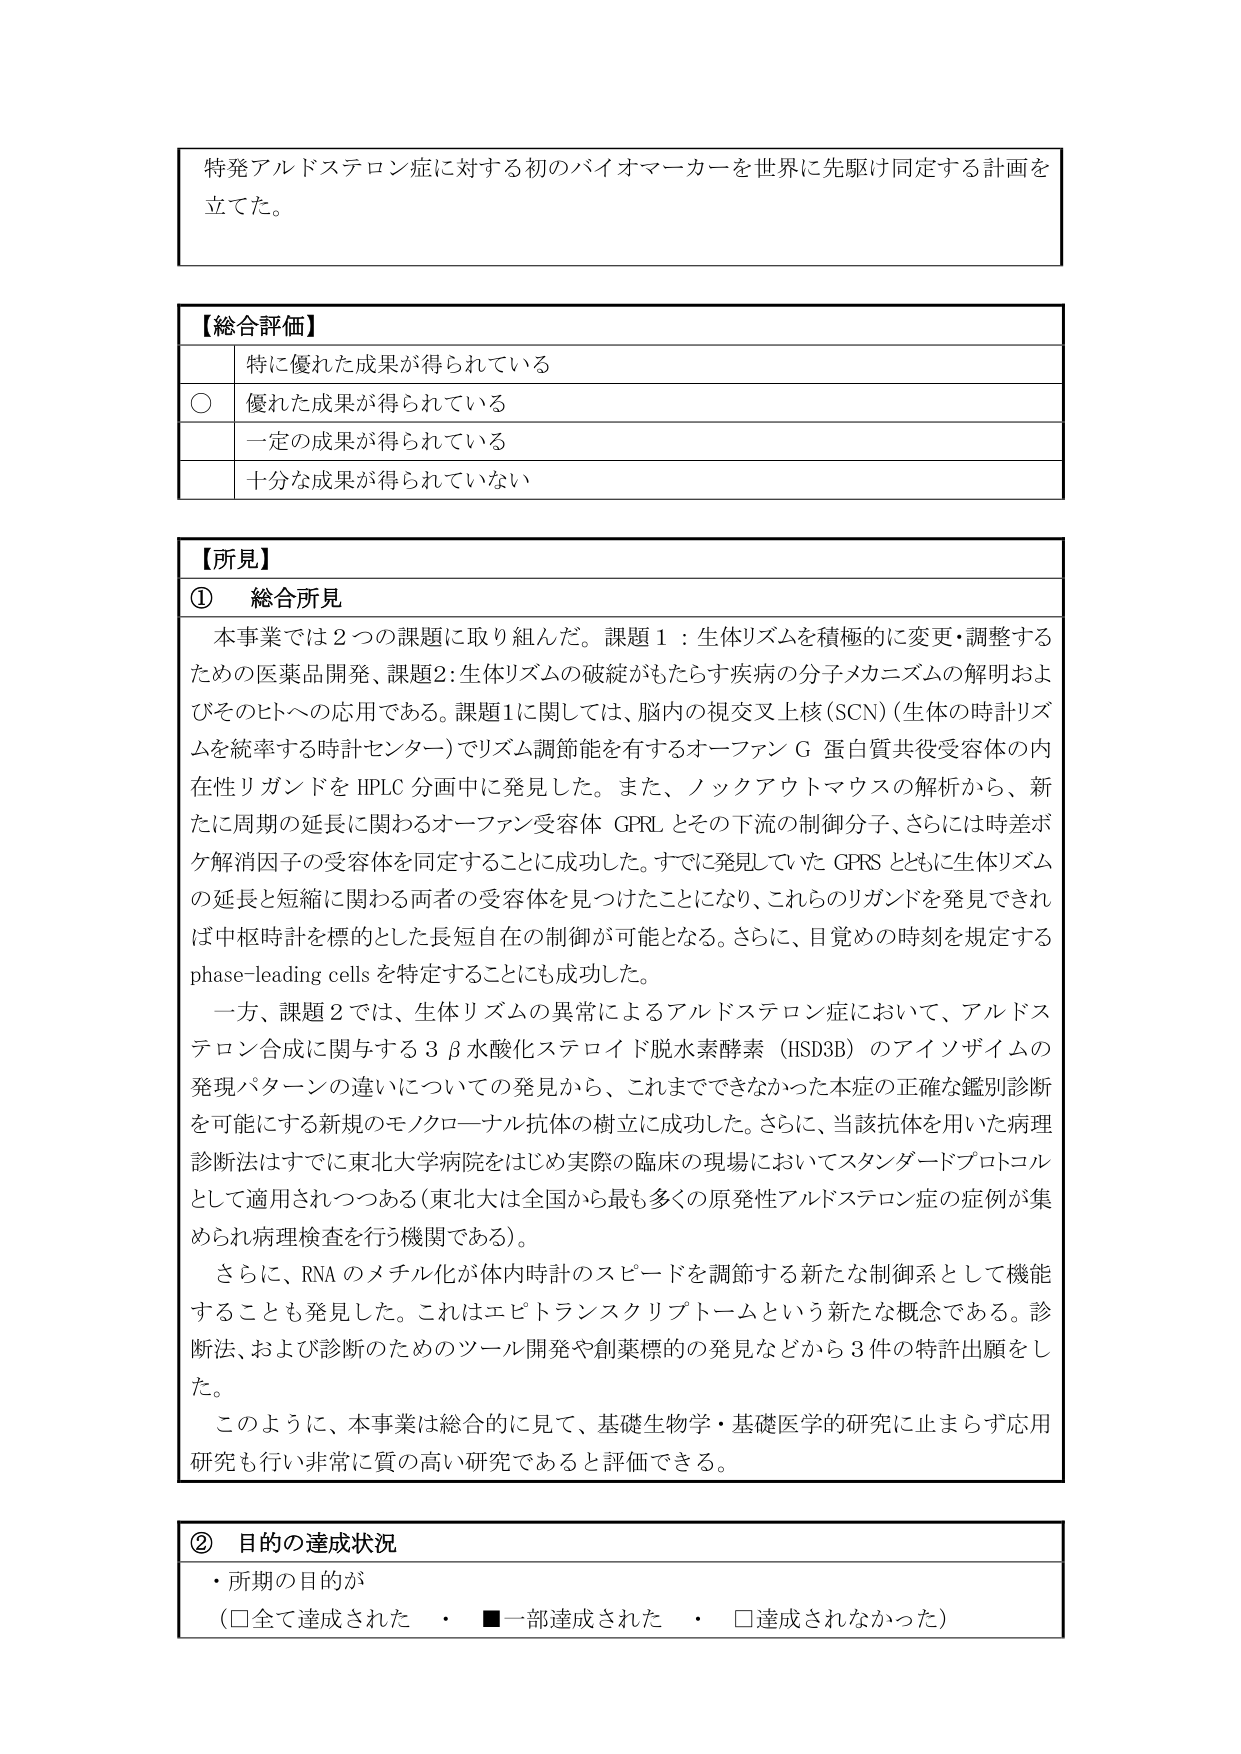
特発アルドステロン症に対する初のバイオマーカーを世界に先駆け同定する計画を
立てた。

【総合評価】
　特に優れた成果が得られている
　○ 優れた成果が得られている
　　一定の成果が得られている
　　十分な成果が得られていない

【所見】
① 総合所見
　本事業では２つの課題に取り組んだ。課題１：生体リズムを積極的に変更・調整する
ための医薬品開発、課題２：生体リズムの破綻がもたらす疾病の分子メカニズムの解明およ
びそのヒトへの応用である。課題１に関しては、脳内の視交叉上核（SCN）（生体の時計リズ
ムを統率する時計センター）でリズム調節能を有するオーファン G 蛋白質共受容体の内
在性リガンドを HPLC 分画中に発見した。また、ノックアウトマウスの解析から、新
たに周期の延長に関わるオーファン受容体 GPRL とその下流の制御分子、さらには時差ボ
ケ解消因子の受容体を同定することに成功した。すでに発見していた GPRS とともに生体リズム
の延長と短縮に関わる両者の受容体を見つけたことになり、これらのリガンドを発見できれ
ば中枢時計を標的とした長短自在の制御が可能となる。さらに、目覚めの時刻を規定する
phase-leading cells を特定することにも成功した。
　一方、課題２では、生体リズムの異常によるアルドステロン症において、アルドス
テロン合成に関与する３β水酸化ステロイド脱水素酵素（HSD3B）のアイソザイムの
発現パターンの違いについての発見から、これまでできなかった本症の正確な鑑別診断
を可能にする新規のモノクローナル抗体の樹立に成功した。さらに、当該抗体を用いた病理
診断法はすでに東北大学病院をはじめ実際の臨床の現場においてスタンダードプロトコル
として適用されつつある（東北大は全国から最も多くの原発性アルドステロン症の症例が集
められ病理検査を行う機関である）。
　さらに、RNA のメチル化が体内時計のスピードを調節する新たな制御系として機能
することも発見した。これはエピトランスクリプトームという新たな概念である。診
断法、および診断のためのツール開発や創薬標的の発見などから３件の特許出願をし
た。
　このように、本事業は総合的に見て、基礎生物学・基礎医学の研究に止まらず応用
研究も行い非常に質の高い研究であると評価できる。

② 目的の達成状況
　・所期の目的が
　　（□全て達成された　・　■一部達成された　・　□達成されなかった）